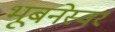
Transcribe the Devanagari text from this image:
भूबनेस्वर